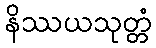
နိဿယသုတ္တံ